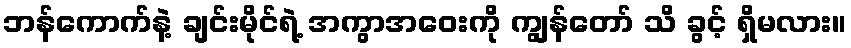
ဘန်ကောက်နဲ့ ချင်းမိုင်ရဲ့ အကွာအဝေးကို ကျွန်တော် သိ ခွင့် ရှိမလား။